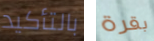
بالتأكيد بقرة